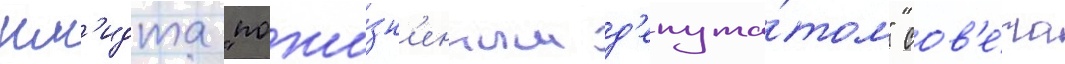
шм'идта "пожи́зн'енным д'епута́том" сов'е́та